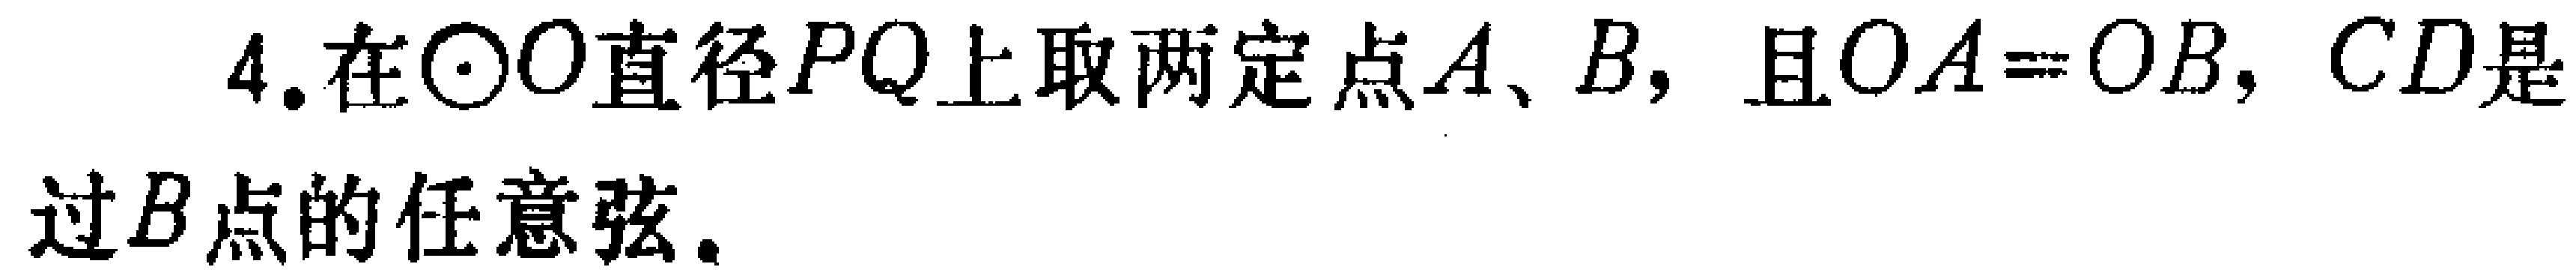
4. 在$\odot O$直径$PQ$上取两定点$A、B$，且$OA = OB$，$CD$是过$B$点的任意弦。